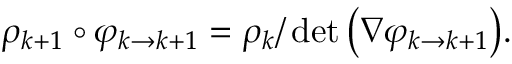
\rho _ { k + 1 } \circ \varphi _ { k \to k + 1 } = \rho _ { k } / \operatorname* { d e t } \big ( \nabla \varphi _ { k \to k + 1 } \big ) .